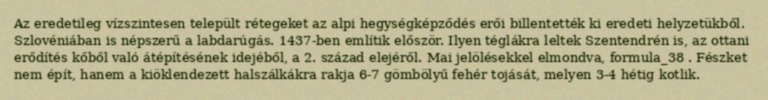
Az eredetileg vízszintesen települt rétegeket az alpi hegységképződés erői billentették ki eredeti helyzetükből. Szlovéniában is népszerű a labdarúgás. 1437-ben említik először. Ilyen téglákra leltek Szentendrén is, az ottani erődítés kőből való átépítésének idejéből, a 2. század elejéről. Mai jelölésekkel elmondva, formula_38 . Fészket nem épít, hanem a kiöklendezett halszálkákra rakja 6-7 gömbölyű fehér tojását, melyen 3-4 hétig kotlik.